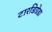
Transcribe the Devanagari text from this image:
टारडिग्रेडा